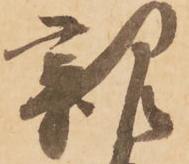
親